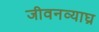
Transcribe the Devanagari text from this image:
जीवनव्याघ्र